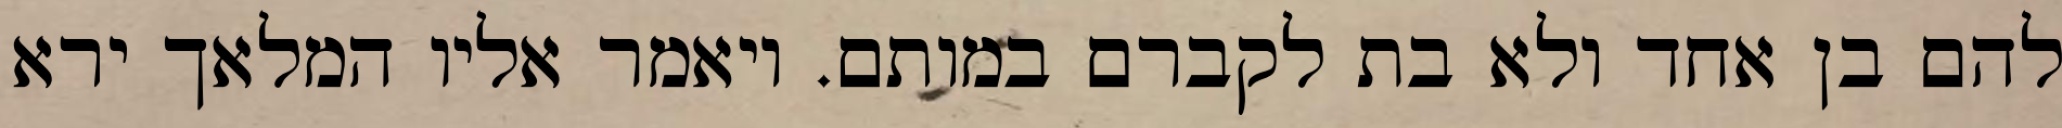
להם בן אחד ולא בת לקברם במותם. ויאמר אליו המלאך ירא